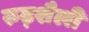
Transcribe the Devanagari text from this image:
रुढ़शैली